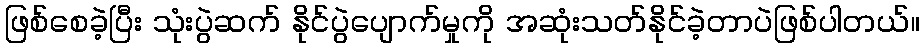
ဖြစ်စေခဲ့ပြီး သုံးပွဲဆက် နိုင်ပွဲပျောက်မှုကို အဆုံးသတ်နိုင်ခဲ့တာပဲဖြစ်ပါတယ်။